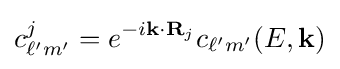
c_{\ell 'm'}^{j}={e^{-i{\bf {k}}\cdot {\bf {R}}_{j}}}c_{\ell 'm'}(E,{\bf {k}})